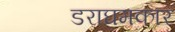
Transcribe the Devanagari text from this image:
डराघमकार